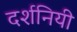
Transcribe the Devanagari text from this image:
दर्शनियी